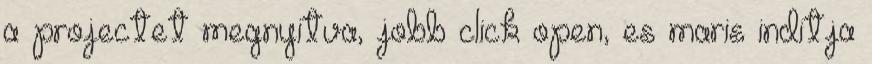
a projectet megnyitva, jobb click open, es maris inditja